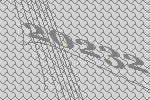
20232